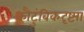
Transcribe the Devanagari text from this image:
कौटुंबिकदृष्ट्या